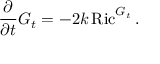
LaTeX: { \frac { \partial } { \partial t } } G _ { t } = - 2 k \operatorname { R i c } ^ { G _ { t } } .